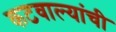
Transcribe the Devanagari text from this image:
कटवाल्यांची